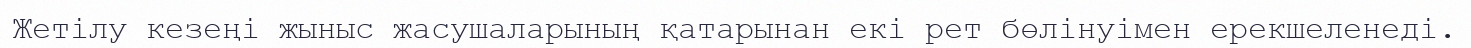
Жетілу кезеңі жыныс жасушаларының қатарынан екі рет бөлінуімен ерекшеленеді.